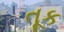
તૂક